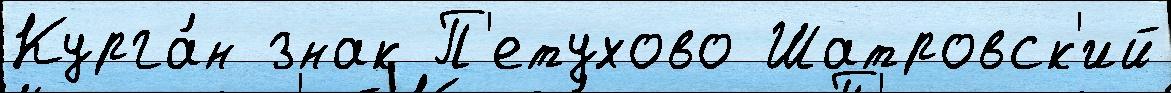
Курга́н знак П'етухово Шатровск'ий